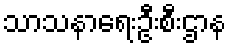
သာသနာရေးဦးစီးဌာန